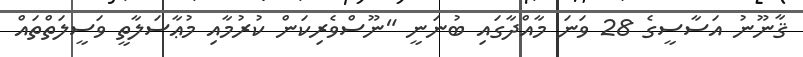
ޤާނޫނު އަސާސީގެ 28 ވަނަ މާއްދާގައި ބުނަނީ "ނޫސްވެރިކަން ކުރުމާއި މުޢާސަލާތީ ވަސީލަތްތައް